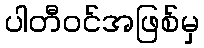
ပါတီဝင်အဖြစ်မှ